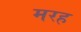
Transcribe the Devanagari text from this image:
मरह